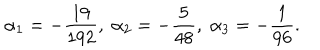
\alpha _ { 1 } = - \frac { 1 9 } { 1 9 2 } , \; \alpha _ { 2 } = - \frac { 5 } { 4 8 } , \; \alpha _ { 3 } = - \frac { 1 } { 9 6 } .